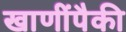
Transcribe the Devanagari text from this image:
खाणींपैकी